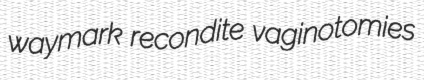
waymark recondite vaginotomies